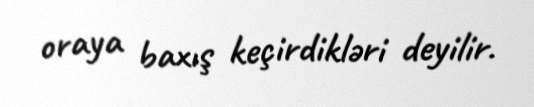
oraya baxış keçirdikləri deyilir.